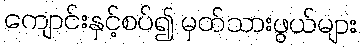
ကျောင်းနှင့်စပ်၍ မှတ်သားဖွယ်များ